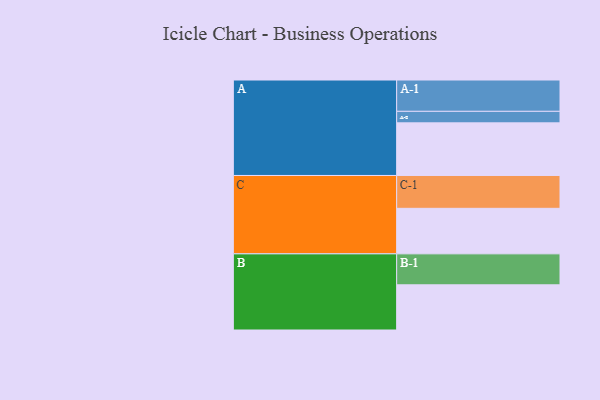
{"axis": {"x": "Segment", "y": "Value"}, "legend": ["", "A", "B", "C"], "data": [{"x": "A", "y": 452, "type": ""}, {"x": "B", "y": 388, "type": ""}, {"x": "C", "y": 391, "type": ""}, {"x": "A-1", "y": 269, "type": "A"}, {"x": "A-2", "y": 99, "type": "A"}, {"x": "B-1", "y": 266, "type": "B"}, {"x": "C-1", "y": 282, "type": "C"}]}